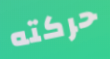
حركته